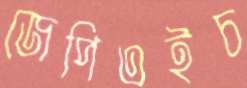
জেপিএইচ